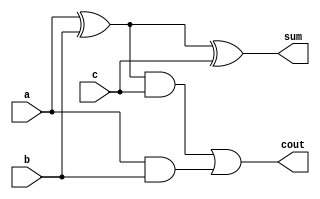
`timescale 1ns/1ns
module FA(a, b, c, cout, sum);

    input a, b, c;
    output cout, sum;

    wire tmp;


    assign tmp = a^b;
    assign sum = tmp^c;
    assign cout = (tmp&c)|(a&b);

endmodule